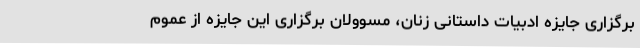
برگزاری جایزه ادبیات داستانی زنان، مسوولان برگزاری این جایزه از عموم